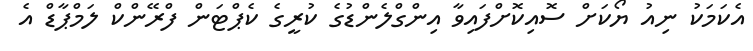
އެކަމަކު ނިއު ޔޯކަށް ސޮއިކޮށްފައިވާ އިންގްލެންޑުގެ ކުރީގެ ކެޕްޓަން ފްރޭންކް ލަމްޕާޑް އެ